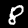
Label: 8